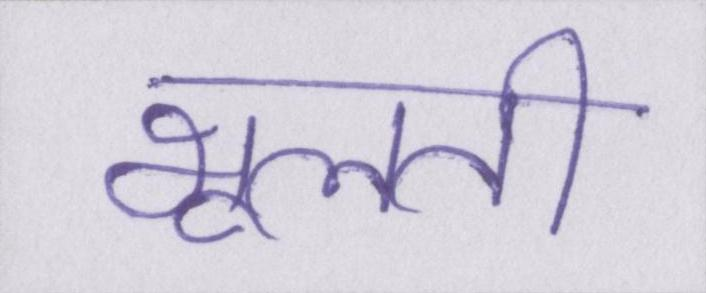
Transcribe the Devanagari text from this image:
भूलती